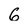
Character: 6